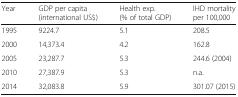
<table><thead><tr><td><b>Year</b></td><td><b>GDP per capita (international US$)</b></td><td><b>Health exp. (% of total GDP)</b></td><td><b>IHD mortality per 100,000</b></td></tr></thead><tbody><tr><td>1995</td><td>9224.7</td><td>5.1</td><td>208.5</td></tr><tr><td>2000</td><td>14,373.4</td><td>4.2</td><td>162.8</td></tr><tr><td>2005</td><td>23,287.7</td><td>5.3</td><td>244.6 (2004)</td></tr><tr><td>2010</td><td>27,387.9</td><td>5.3</td><td>n.a.</td></tr><tr><td>2014</td><td>32,083.8</td><td>5.9</td><td>301.07 (2015)</td></tr></tbody></table>